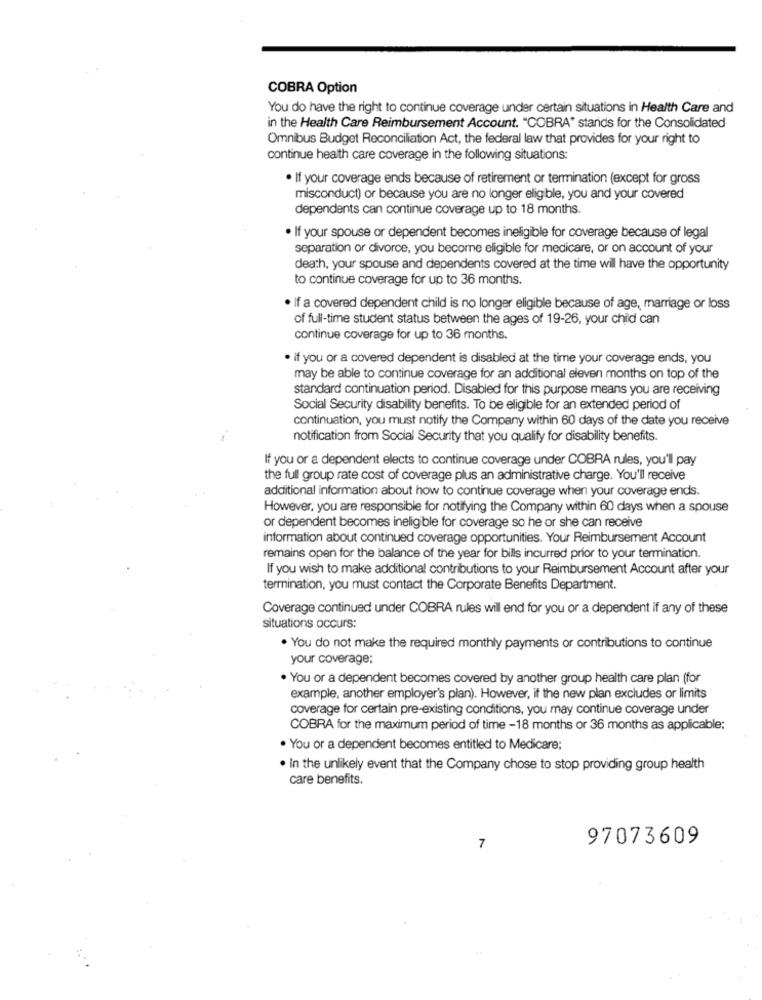
COBRA Option
You do have the right to continue coverage under certain situations in Health Care and
in the Health Care Reimbursement Account. "COBRA" stands for the Consolidated
Omnibus Budget Reconciliation Act, the federal law that provides for your right to
continue health care coverage in the following situations:
· If your coverage ends because of retirement or termination (except for gross
misconduct) or because you are no longer eligible, you and your covered
dependents can continue coverage up to 18 months.
· If your spouse or dependent becomes ineligible for coverage because of legal
separation or divorce, you become eligible for medicare, or on account of your
death, your spouse and dependents covered at the time wil have the opportunity
to continue coverage for up to 36 months.
If a covered dependent child is no longer eligible because of age, marriage or loss
of full-time student status between the ages of 19-26, your child can
continue coverage for up to 36 months.
. if you or a covered dependent is disabled at the time your coverage ends, you
may be able to continue coverage for an additional eleven months on top of the
standard continuation period. Disabled for this purpose means you are receiving
Social Security disability benefits. To be eligible for an extended period of
continuation, you must notify the Company within 60 days of the date you receive
notification from Social Security that you qualify for disability benefits.
If you or a dependent elects to continue coverage under COBRA rules, you'll pay
the full group rate cost of coverage plus an administrative charge. You'll receive
additional information about how to continue coverage when your coverage ends.
However, you are responsible for notifying the Company within 60 days when a spouse
or dependent becomes ineligible for coverage so he or she can receive
information about continued coverage opportunities. Your Reimbursement Account
remains open for the balance of the year for bills incurred prior to your termination.
If you wish to make additional contributions to your Reimbursement Account after your
termination, you must contact the Corporate Benefits Department.
Coverage continued under COBRA rules wil end for you or a dependent if any of these
situations occurs:
. You do not make the required monthly payments or contributions to continue
your coverage;
. You or a dependent becomes covered by another group health care plan (for
example, another employer's plan). However, if the new plan excludes or limits
coverage for certain pre-existing conditions, you may continue coverage under
COBRA for the maximum period of time -18 months or 36 months as applicable:
· You or a dependent becomes entitled to Medicare;
. In the unlikely event that the Company chose to stop providing group health
care benefits.
97073609
7